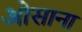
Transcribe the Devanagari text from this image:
ओसाना